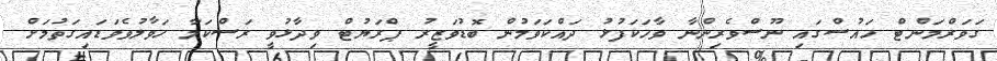
ގަވަރްމަންޓް ހައުސްގައި ނޫސްވެރިންނާ ވާހަކަފުޅު ދައްކަވަމުން ބޮޑުވަޒީރު ޕްރަޔުޓް ވިދާޅުވީ ރަސްކަމާ ހަވާލުވެވަޑައިގަތުމަށް